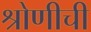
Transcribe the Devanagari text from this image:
श्रोणीची